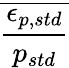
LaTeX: \displaystyle\overline{{\frac{\epsilon_{p,std}}{p_{std}}}}